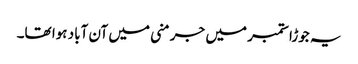
یہ جوڑا ستمبر میں جرمنی میں آن آباد ہوا تھا۔